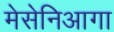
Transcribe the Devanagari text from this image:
मेसेनिआगा